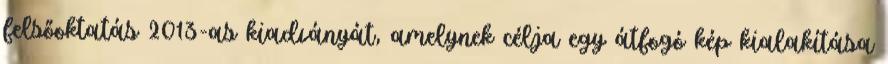
felsőoktatás 2013-as kiadványát, amelynek célja egy átfogó kép kialakítása